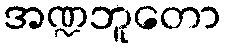
အဏ္ဍဘူတော